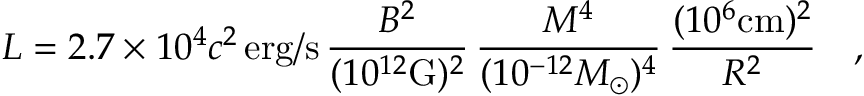
L = 2 . 7 \times 1 0 ^ { 4 } c ^ { 2 } \, \mathrm { e r g / s } \, \frac { B ^ { 2 } } { ( 1 0 ^ { 1 2 } \mathrm { G } ) ^ { 2 } } \, \frac { M ^ { 4 } } { ( 1 0 ^ { - 1 2 } M _ { \odot } ) ^ { 4 } } \, \frac { ( 1 0 ^ { 6 } \mathrm { c m } ) ^ { 2 } } { R ^ { 2 } } \quad ,